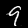
Digit: 9